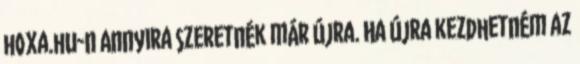
hoxa.hu-n Annyira szeretnék már újra. Ha újra kezdhetném az